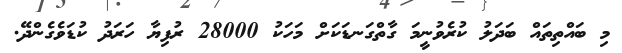
މި ބައްތިތައް ބަދަލު ކުރެވުނީމަ ގާތްގަނޑަކަށް މަހަކު 28000 ރުފިޔާ ހަރަދު ކުޑަވެގެންދޭ.